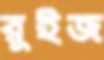
রুইজ